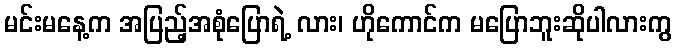
မင်းမနေ့က အပြည့်အစုံပြောရဲ့ လား၊ ဟိုကောင်က မပြောဘူးဆိုပါလားကွ